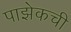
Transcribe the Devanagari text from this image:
पाझेकची